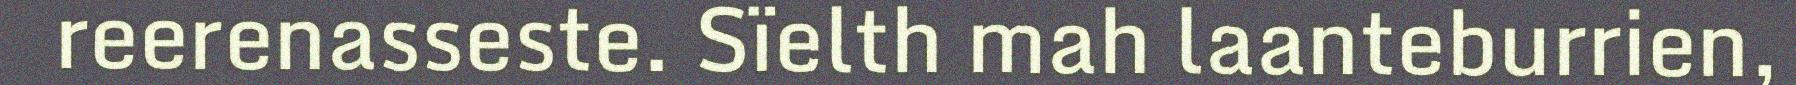
reerenasseste. Sïelth mah laanteburrien,